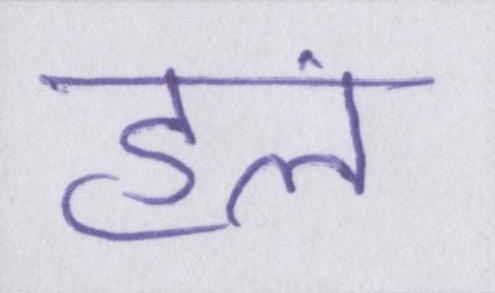
हलं